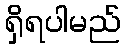
ရှိရပါမည်